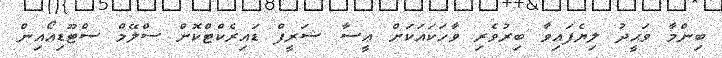
ބިންމާ ވަޙީދު ލިޔެފައިވާ ބިރުވެރި ވާހަކައަކަށް ޢީސާ ޝަރީފް ޑައިރެކްޓްކޮށް ސްލޭމް ސްޓޫޑިއޯއިން